Indian Civil Veterinary Department memoirs
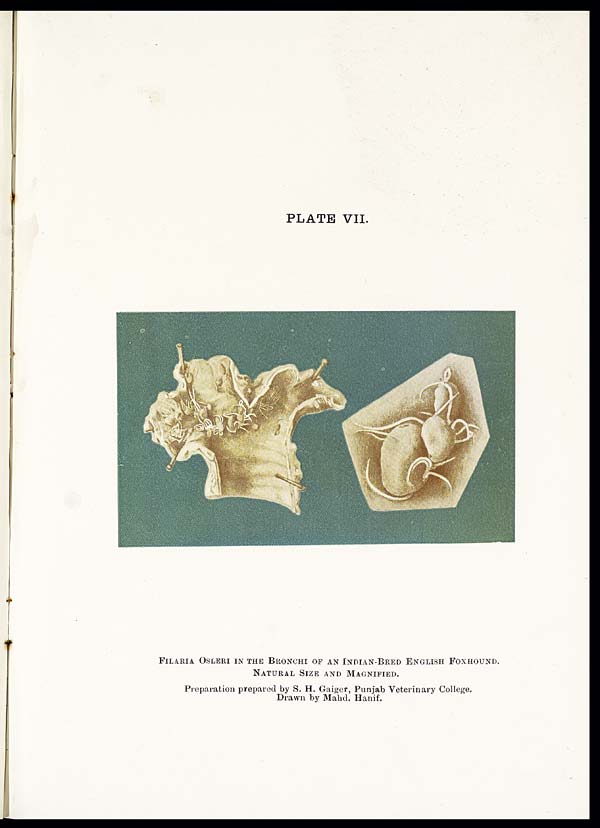
PLATE VII.
FILARIA OSLERI IN THE BRONCHI OF AN INDIAN-BRED ENGLISH FOXHOUND.
NATURAL SIZE AND MAGNIFIED.
Preparation prepared by S. H. Gaiger, Punjab Veterinary College.
Drawn by Mahd. Hanif.